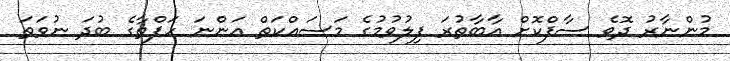
މުންނާރު ދޮވެ ސާފްކޮށް އާބާތުރަ ފިލުވުމުގެ މަސައްކަތް އަންނަ ހަފްތާގެ ބުދަ ނުވަތަ